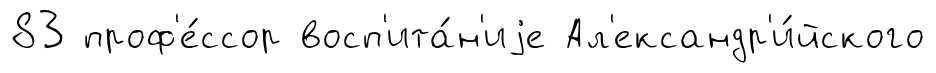
83 проф'е́ссор восп'ита́н'иjе Ал'ександр'и́йского